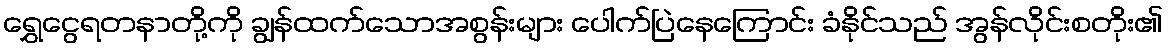
ရွှေငွေရတနာတို့ကို ချွန်ထက်သောအစွန်းများ ပေါက်ပြဲနေကြောင်း ခံနိုင်သည် အွန်လိုင်းစတိုး၏